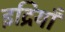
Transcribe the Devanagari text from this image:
इद्रियाँ